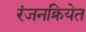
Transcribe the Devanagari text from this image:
रंजनक्रियेत